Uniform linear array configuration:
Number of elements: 8
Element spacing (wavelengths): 0.5
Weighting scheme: cosine
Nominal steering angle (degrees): -60
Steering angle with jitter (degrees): -61.68
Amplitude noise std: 0.05
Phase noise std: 0.05

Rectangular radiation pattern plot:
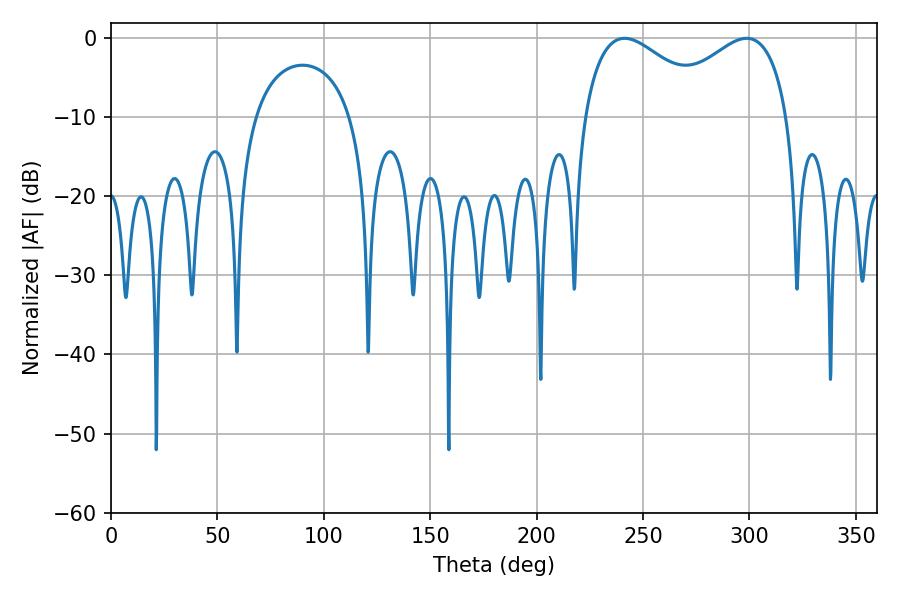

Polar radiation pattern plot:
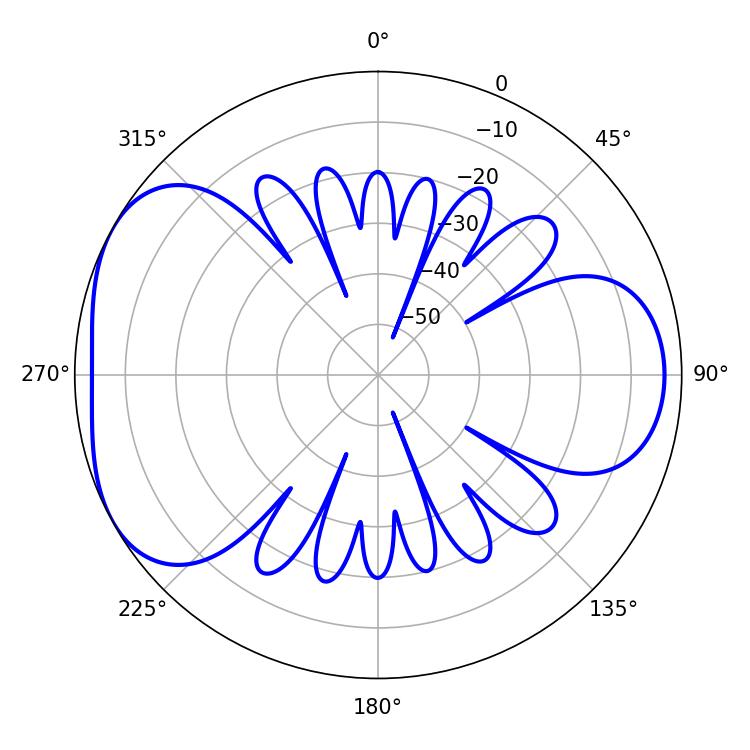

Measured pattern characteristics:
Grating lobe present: FALSE
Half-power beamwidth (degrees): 33.48
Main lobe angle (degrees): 241.38